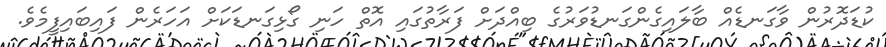
ކުޑަދޮރުން ވާގަނޑެއް ބާލައިގެންގަނޑުވަރުގެ ބިއްދަށް ފަރާތުގައި އޮތް ހަނި ގޯޅިގަނޑަކަށް އަހަރެން ފައިބައިފީމެވެ.